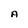
Character: A